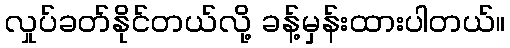
လှုပ်ခတ်နိုင်တယ်လို့ ခန့်မှန်းထားပါတယ်။